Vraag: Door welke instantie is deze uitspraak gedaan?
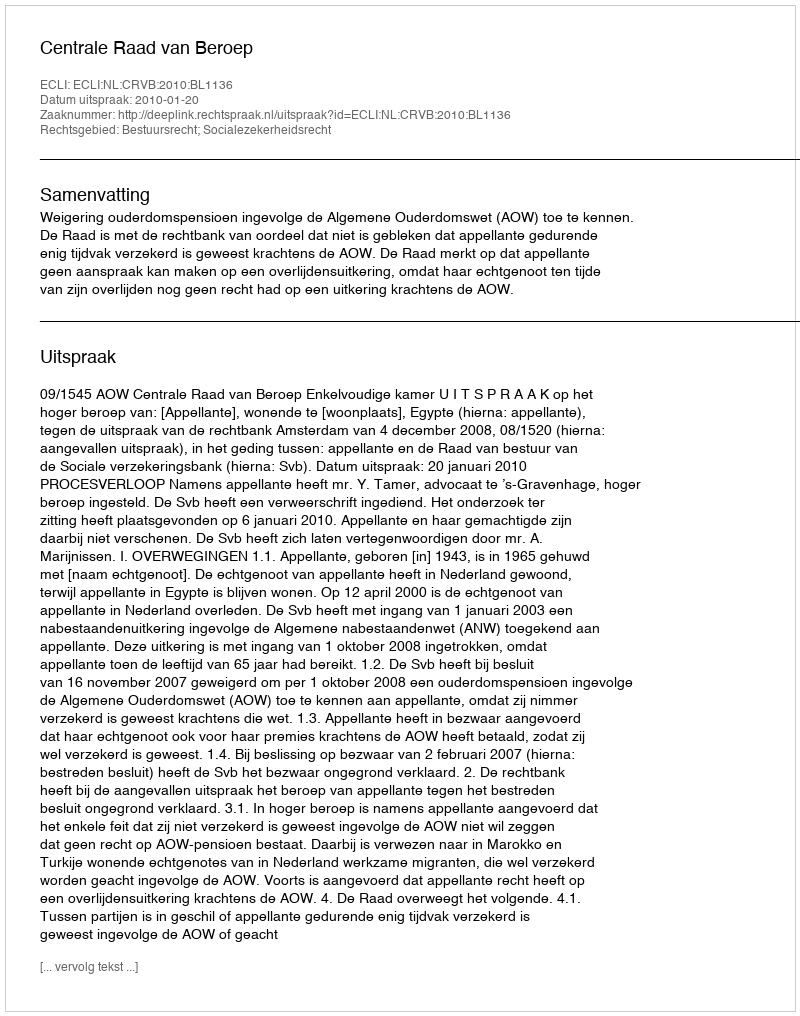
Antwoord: Centrale Raad van Beroep